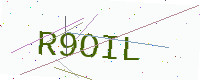
Text: R9OIL